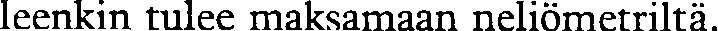
leenkin tulee maksamaan neliömetriltä.